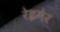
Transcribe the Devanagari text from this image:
रेइमेर